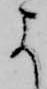
よ